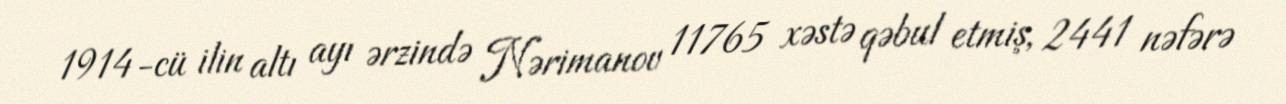
1914-cü ilin altı ayı ərzində Nərimanov 11765 xəstə qəbul etmiş, 2441 nəfərə